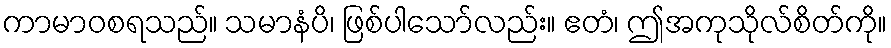
ကာမာဝစရသည်။ သမာနံပိ၊ ဖြစ်ပါသော်လည်း။ ဧတံ၊ ဤအကုသိုလ်စိတ်ကို။